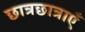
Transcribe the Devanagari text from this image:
छात्रछात्राएँ